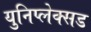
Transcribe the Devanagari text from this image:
युनिप्लेक्सड